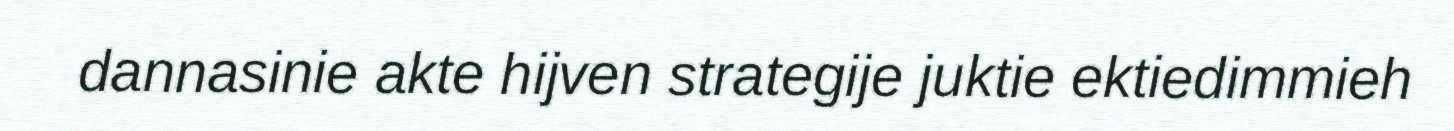
dannasinie akte hijven strategije juktie ektiedimmieh